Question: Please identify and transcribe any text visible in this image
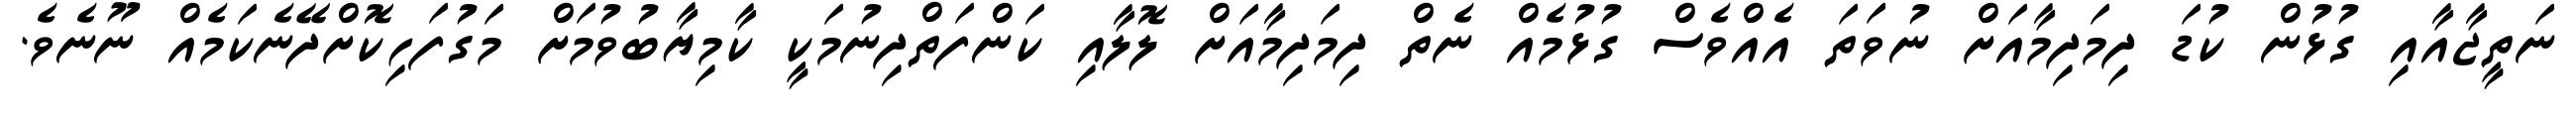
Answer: ނަތީޖާއާއި ގުޅުން ކުޑަ ދިމަދިމާއަށް ނުވަތަ އެއްވެސް ގުޅުމެއް ނެތް ދިމަދިމާއަށް ލޮލާއި ކަންފަތްދިނުމަކީ ކާމިޔާބުވުމަށް މަގުފަހިކޮށްދޭނެކަމެއް ނޫނެވެ.